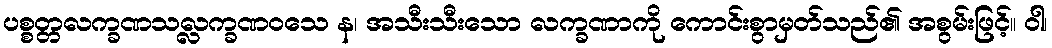
ပစ္စတ္တလက္ခဏသလ္လက္ခဏဝသေ န၊ အသီးသီးသော လက္ခဏာကို ကောင်းစွာမှတ်သည်၏ အစွမ်းဖြင့်။ ဝါ၊